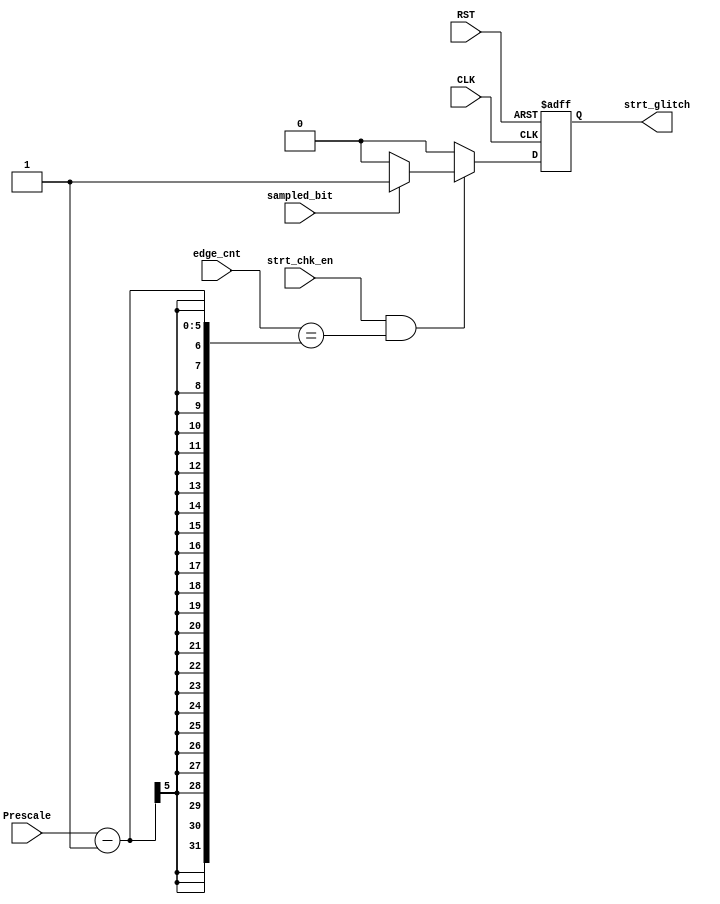
module strt_check #(parameter PRESCALE_BITS=5)(
input  wire sampled_bit,
input  wire [PRESCALE_BITS-1:0] edge_cnt,
input  wire [PRESCALE_BITS-1:0] Prescale,
input  wire strt_chk_en,
input  wire CLK,
input  wire RST,
output reg strt_glitch);

 always @(posedge CLK or negedge RST)
  begin
   if(!RST)
    begin
     	strt_glitch<=1'b0;
    end
   else if(strt_chk_en && edge_cnt==Prescale-1)
    begin
	   if(sampled_bit)
   	    begin
		strt_glitch<=1'b1;
    	    end
   	   else
   	    begin
		strt_glitch<=1'b0;	
   	    end

    end
   else
    begin
		strt_glitch<=1'b0;
    end
  end
endmodule